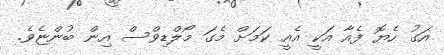
އަގު ހެޔޮ ފެއާ އަކީ އެއީ ކަމަށް މެގަ މޯލްޑިވްސް އިން ބުންޏެވެ.